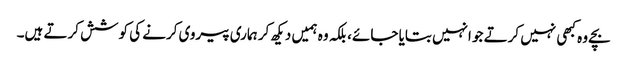
بچے وہ کبھی نہیں کرتے جو انہیں بتایا جائے، بلکہ وہ ہمیں دیکھ کر ہماری پیروی کرنے کی کوشش کرتے ہیں۔